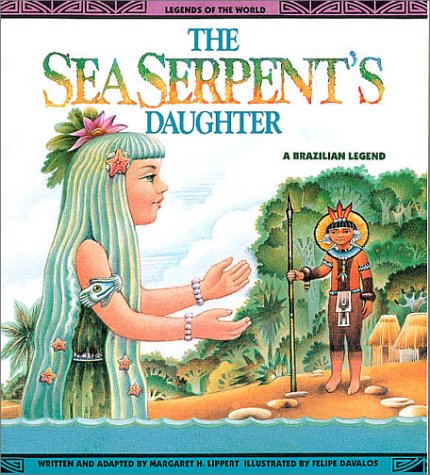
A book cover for Sea Serpent'S Daughter - Pbk (Legends of the World); Lippert; Children's Books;